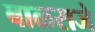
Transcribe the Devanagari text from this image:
बाळराजे